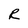
Character: R